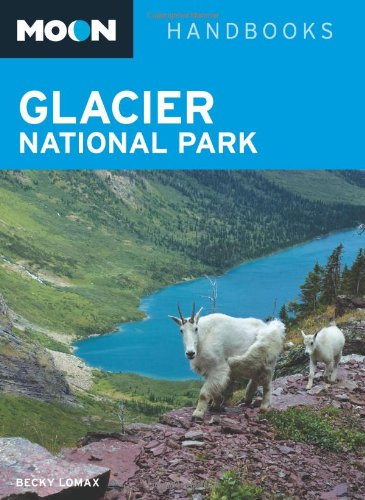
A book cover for Glacier National Park (Moon Handbooks); Becky Lomax; Travel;